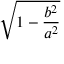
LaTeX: \sqrt { 1 - { \frac { b ^ { 2 } } { a ^ { 2 } } } }